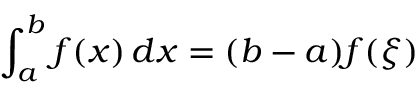
\int _ { a } ^ { b } f ( x ) \, d x = ( b - a ) f ( \xi )